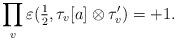
LaTeX: \begin{align*} \prod_v \varepsilon(\tfrac{1}{2},\tau_v[a]\otimes \tau'_v) = +1.\end{align*}